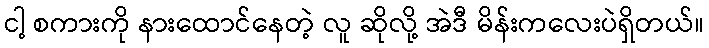
ငါ့ စကားကို နားထောင်နေတဲ့ လူ ဆိုလို့ အဲဒီ မိန်းကလေးပဲရှိတယ်။